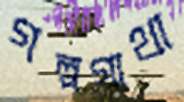
গল্পগাথা